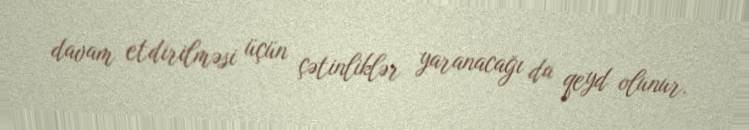
davam etdirilməsi üçün çətinliklər yaranacağı da qeyd olunur.